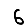
Digit: 6